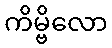
ကိမ္ဗိလော